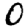
Digit: 0